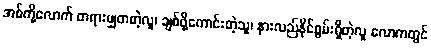
အစ်ကို့လောက် တရားမျှတတဲ့လူ၊ ချစ်ဖို့ကောင်းတဲ့သူ၊ နားလည်နိုင်စွမ်းရှိတဲ့လူ လောကတွင်